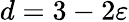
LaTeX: d=3-2\varepsilon